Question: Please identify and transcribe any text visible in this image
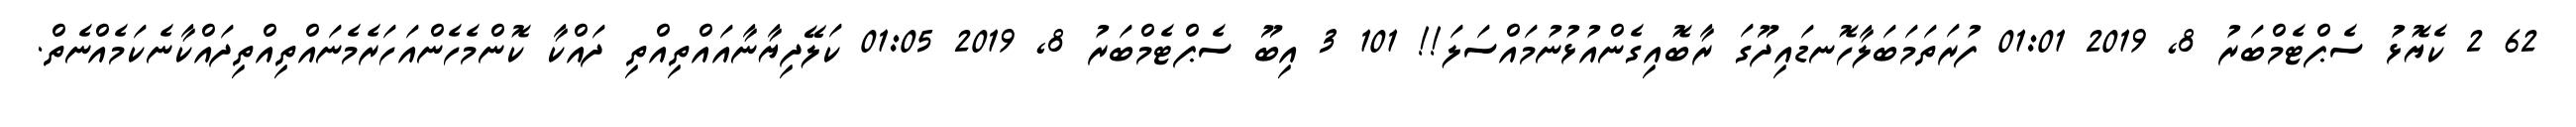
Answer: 62 2 ކެޔޮޅު ސެޕްޓެމްބަރު 8, 2019 01:01 ފުރަތަމަބަލާހޮނޑައިދޫގަ ރާބޮއިގެންއުޅުނުމައްސަލަ!! 101 3 އިބޫ ސެޕްޓެމްބަރު 8, 2019 01:05 ކަލޭދިޔާނާއައްތިއްތި ދައްކާ ކޮންމެހެންއަހަރެމެނައްތިއްތިދައްކާނެކަމެއްނެތް.